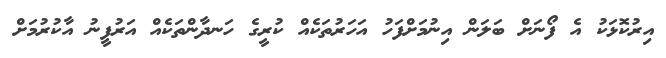
އިރުކޮޅަކު އެ ފޯނަށް ބަލަން އިނުމަށްފަހު އަހަރުތަކެއް ކުރީގެ ހަނދާންތަކެއް އަރުފީނު އާކުރުމަށް